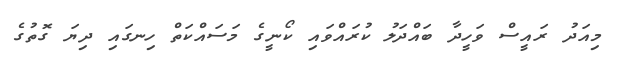
މިއަދު ރައީސް ވަހީދާ ބައްދަލު ކުރައްވައި ކޯނީގެ މަސައްކަތް ހިނގައި ދިޔަ ގޮތުގެ